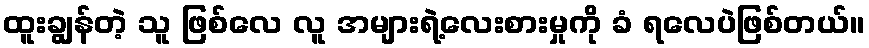
ထူးချွန်တဲ့ သူ ဖြစ်လေ လူ အများရဲ့လေးစားမှုကို ခံ ရလေပဲဖြစ်တယ်။